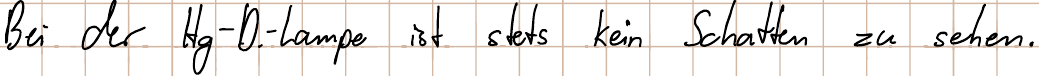
Bei der Hg-D.-Lampe ist stets kein Schatten zu sehen.